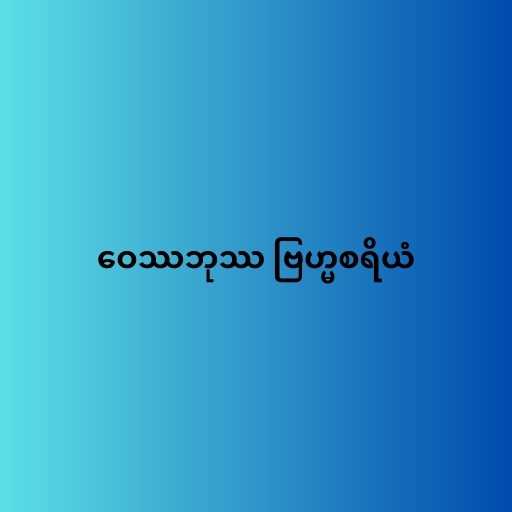
ဝေဿဘုဿ ဗြဟ္မစရိယံ